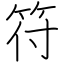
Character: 符